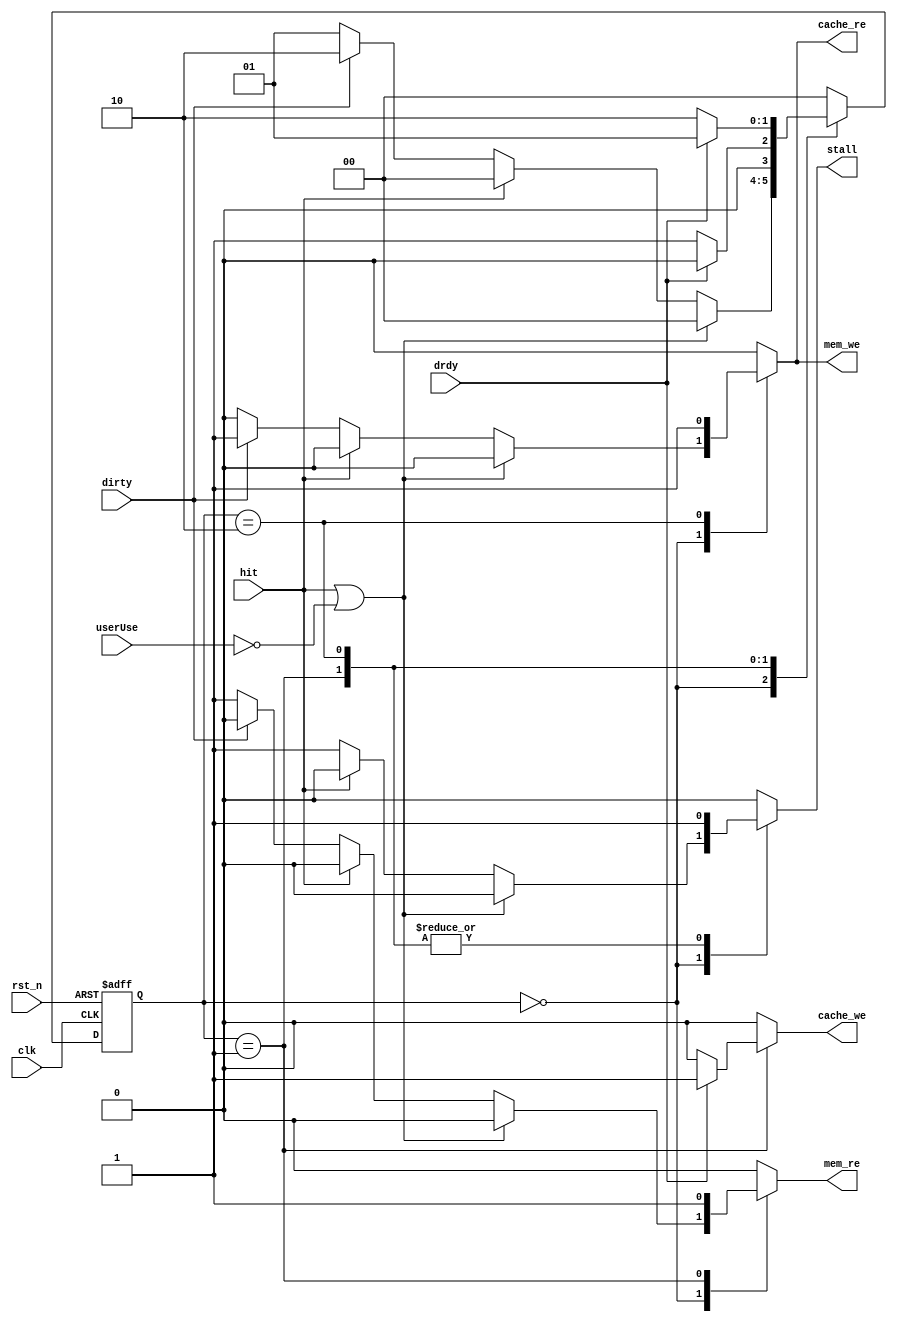
module Dcache_control(clk, rst_n, dirty, hit, drdy, mem_re, mem_we, stall, cache_we, cache_re, userUse);

input hit, clk, rst_n, dirty, userUse;
input drdy; 		//deasserted when a read op has completed from memory.
output reg mem_re;		//read enable for the main mem
output reg stall;		//stall the pipeline		
output reg cache_we;	//Asserted when new data is ready to be written into the icache
output reg mem_we; 
output reg cache_re;

//typedef enum reg [1:0] {NORMAL, READ, WRITE_BACK} state_t;
//state_t state, next_state;

reg[1:0] state, next_state;

localparam NORMAL = 2'b00;
localparam READ = 2'b01;
localparam WRITE_BACK = 2'b10;

always @(posedge clk, negedge rst_n)
  if(!rst_n) 
	state <= NORMAL;
  else
	state <= next_state;

always @(*) begin 
next_state = NORMAL;
stall = 0;
mem_re = 0;
cache_we = 0;
mem_we = 0;
cache_re = 0;

 case(state)
  NORMAL:
	if (hit | ~(userUse))
	  next_state = NORMAL;
	else if (!hit) begin
	  if (dirty) begin
	    next_state = WRITE_BACK;
	    stall = 1;
	    mem_we = 1;
	    cache_re = 1;
	  end
	  else begin
	    next_state = READ;
	    stall = 1;
	    mem_re = 1;
	  end
	end
	else begin
	  next_state = NORMAL;
	end

  READ:
	if(drdy) begin 
	   cache_we = 1;
	   stall = 1;	 //MAY NOT BE NECESSARY 
	   mem_re = 1;
	   next_state = NORMAL;  
	end
	else begin
	  stall = 1;
	  mem_re = 1;
	  next_state = READ;
	end

  WRITE_BACK:
	if(drdy) begin 
	   cache_re = 1;//necessary?
	   stall = 1; 	 //MAY NOT BE NECESSARY 
	   mem_we = 1;
	   next_state = READ;  
	end
	else begin
	  stall = 1;
	  mem_we = 1;
	  cache_re = 1;
	  next_state = WRITE_BACK;
	end
 
 endcase
end

endmodule